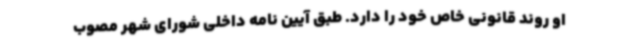
او روند قانونی خاص خود را دارد. طبق آیین نامه داخلی شورای شهر مصوب